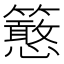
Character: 𥷌